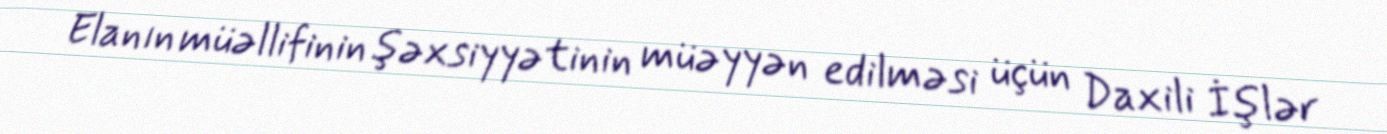
Elanın müəllifinin şəxsiyyətinin müəyyən edilməsi üçün Daxili İşlər